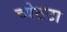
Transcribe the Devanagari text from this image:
च्येठटा